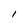
Character: 1